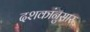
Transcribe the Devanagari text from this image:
दशकांनुसार